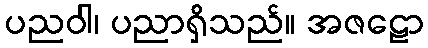
ပညဝါ၊ ပညာရှိသည်။ အဇဠော